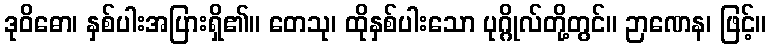
ဒုဝိဓော၊ နှစ်ပါးအပြားရှိ၏။ တေသု၊ ထိုနှစ်ပါးသော ပုဂ္ဂိုလ်တို့တွင်။ ဉာဏေန၊ ဖြင့်။